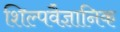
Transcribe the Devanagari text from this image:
शिल्पवैज्ञानिक